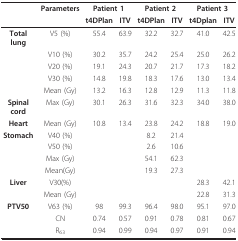
|  | Parameters | <COLSPAN=2> Patient 1 | <COLSPAN=2> Patient 2 | <COLSPAN=2> Patient 3 |
 |  |  | t4DPlan | ITV | t4DPlan | ITV | t4Dplan | ITV |
 | --- | --- | --- | --- | --- | --- | --- | --- |
 | Total lung | V5 (%) | 55.4 | 63.9 | 32.2 | 32.7 | 41.0 | 42.5 |
 |  | V10 (%) | 30.2 | 35.7 | 24.2 | 25.4 | 25.0 | 26.2 |
 |  | V20 (%) | 19.1 | 24.3 | 20.7 | 21.7 | 17.3 | 18.2 |
 |  | V30 (%) | 14.8 | 19.8 | 18.3 | 17.6 | 13.0 | 13.4 |
 |  | Mean (Gy) | 13.2 | 16.3 | 12.8 | 12.9 | 11.3 | 11.8 |
 | Spinal cord | Max (Gy) | 30.1 | 26.3 | 31.6 | 32.3 | 34.0 | 38.0 |
 | Heart | Mean (Gy) | 10.8 | 13.4 | 23.8 | 24.2 | 18.8 | 19.0 |
 | Stomach | V40 (%) |  |  | 8.2 | 21.4 |  |  |
 |  | V50 (%) |  |  | 2.6 | 10.6 |  |  |
 |  | Max (Gy) |  |  | 54.1 | 62.3 |  |  |
 |  | Mean(Gy) |  |  | 19.3 | 27.3 |  |  |
 | Liver | V30(%) |  |  |  |  | 28.3 | 42.1 |
 |  | Mean (Gy) |  |  |  |  | 22.8 | 31.3 |
 | PTV50 | V63 (%) | 98 | 99.3 | 96.4 | 98.0 | 95.1 | 97.0 |
 |  | CN | 0.74 | 0.57 | 0.91 | 0.78 | 0.81 | 0.67 |
 |  | R63 | 0.94 | 0.99 | 0.94 | 0.97 | 0.91 | 0.94 |